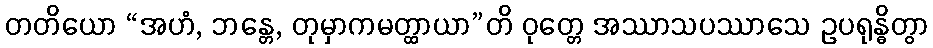
တတိယော “အဟံ, ဘန္တေ, တုမှာကမတ္ထာယာ”တိ ဝုတ္တေ အဿာသပဿာသေ ဥပရုန္ဓိတွာ